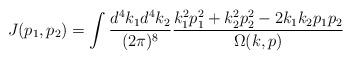
LaTeX: \begin{align*}J(p_1,p_2)=\int \frac{d^4k_1 d^4k_2}{(2\pi)^8} \frac{k^2_1 p^2_1+k^2_2 p^2_2-2k_1k_2p_1p_2}{\Omega(k,p)}\end{align*}